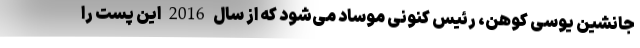
جانشین یوسی کوهن، رئیس کنونی موساد می‌شود که از سال 2016 این پست را